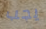
يجب